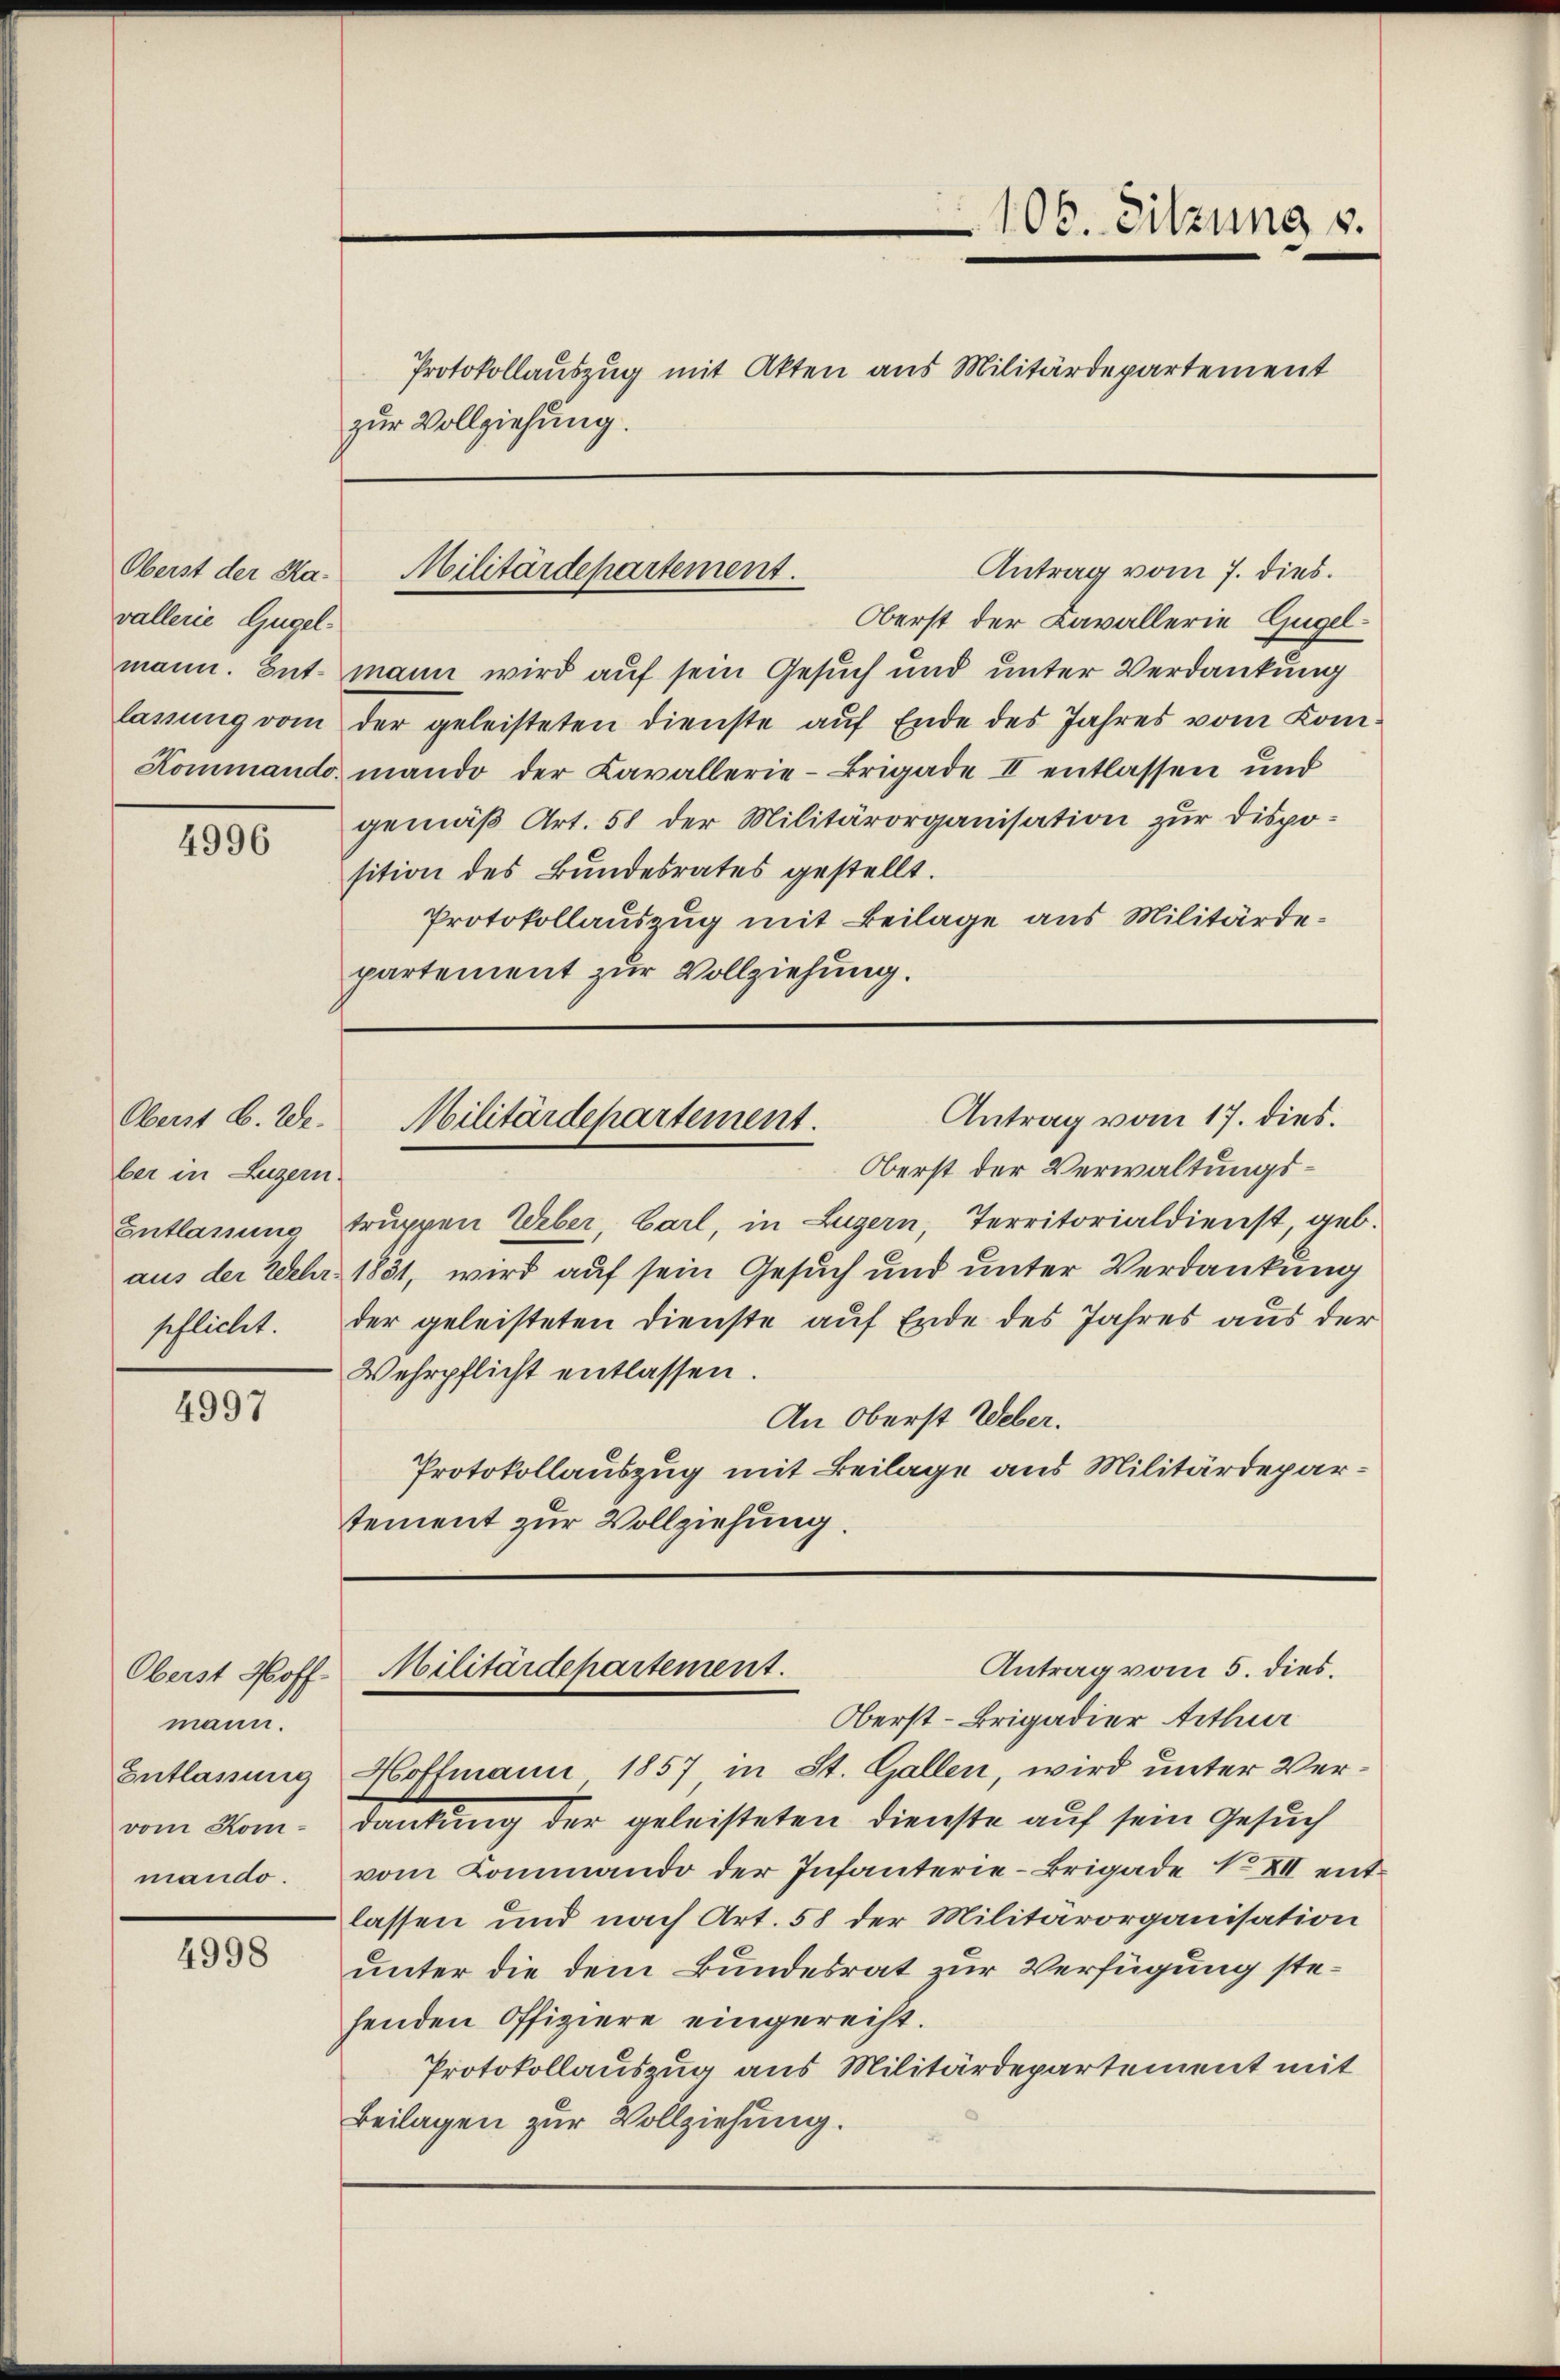
vallerie Gugel.

4996

Oberst B. We-
ber in Luzern

4997

Oberst Hoff-
mann.
Entlassung
vom Kommando.

4998

Oberst der Lavallerie Gugelmann. Ent mann wird auf sein Gesuch und unter Verdankung
lassung vom der geleisteten Dienste auf Ende des Jahres vom Kom¬
Kommando mando der Cavallerie-Brigade II entlassen und
gemäß Art. 58 der Militärorganisation zur Disposition des Bundesrates gestellt.
Protokollauszug mit Beilage aus Militärdepartement zur Vollziehung.

106. Sitzung v.

Protokollauszug mit Akten aus Militärdepartement
zur Vollziehung.

Antrag vom 7. dies.
Oberst der Sta. Militärdepartement.

Antrag vom 17. dies.
Militärdepartement.

Oberst der Verwaltungs¬
Entlassung truppen Ueber Carl, in Luzern, Territorialdienst, geb.
aus der Wehrs 1831, wird auf sein Gesuch und unter Verdankung
pflicht. Der geleisteten Dienste auf Ende des Jahres aus der
Wehrpflicht entlassen.
An Oberst Weber.
Protokollauszug mit Beilage aus Militärdepartement zur Vollziehung.

Hoffmann 1857 in St. Gallen, wird unter Verdankung der geleisteten Dienste auf sein Gesuch
vom Kommando der Infanterie-Brigade No XII entlassen und nach Art. 58 der Militärorganisation
unter die dem Bundesrat zur Verfügung stehenden Offiziere eingerecht.
Protokollauszug aus Militärdepartement mit
Beilagen zur Vollziehung.

Militärdepartement.
Antrag vom 5. dies.
Oberst-Brigadier Arthur